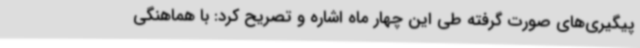
پیگیری‌های صورت گرفته طی این چهار ماه اشاره و تصریح کرد: با هماهنگی